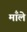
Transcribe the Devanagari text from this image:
माँले